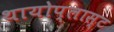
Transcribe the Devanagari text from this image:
थायोप्लास्ट